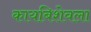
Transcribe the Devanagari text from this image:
कायबिशेवला